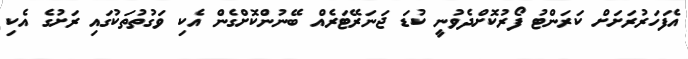
އެފަހަރުރަށަށް ކަރަންޓު ފޯރުކޮށްދެވުނީ ކުޑަ ޖަނަރޭޓަރެއް ބޭނުންކޮށްގެން އެކި ވަގުތުތަކުގައި ރަށުގެ އެކި